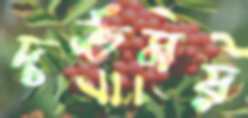
দর্ভময়